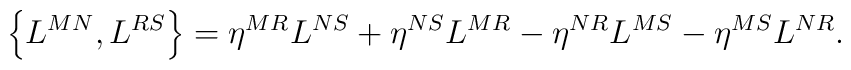
\left\{ L^{MN},L^{RS}\right\} =\eta ^{MR}L^{NS}+\eta ^{NS}L^{MR}-\eta^{NR}L^{MS}-\eta ^{MS}L^{NR}.